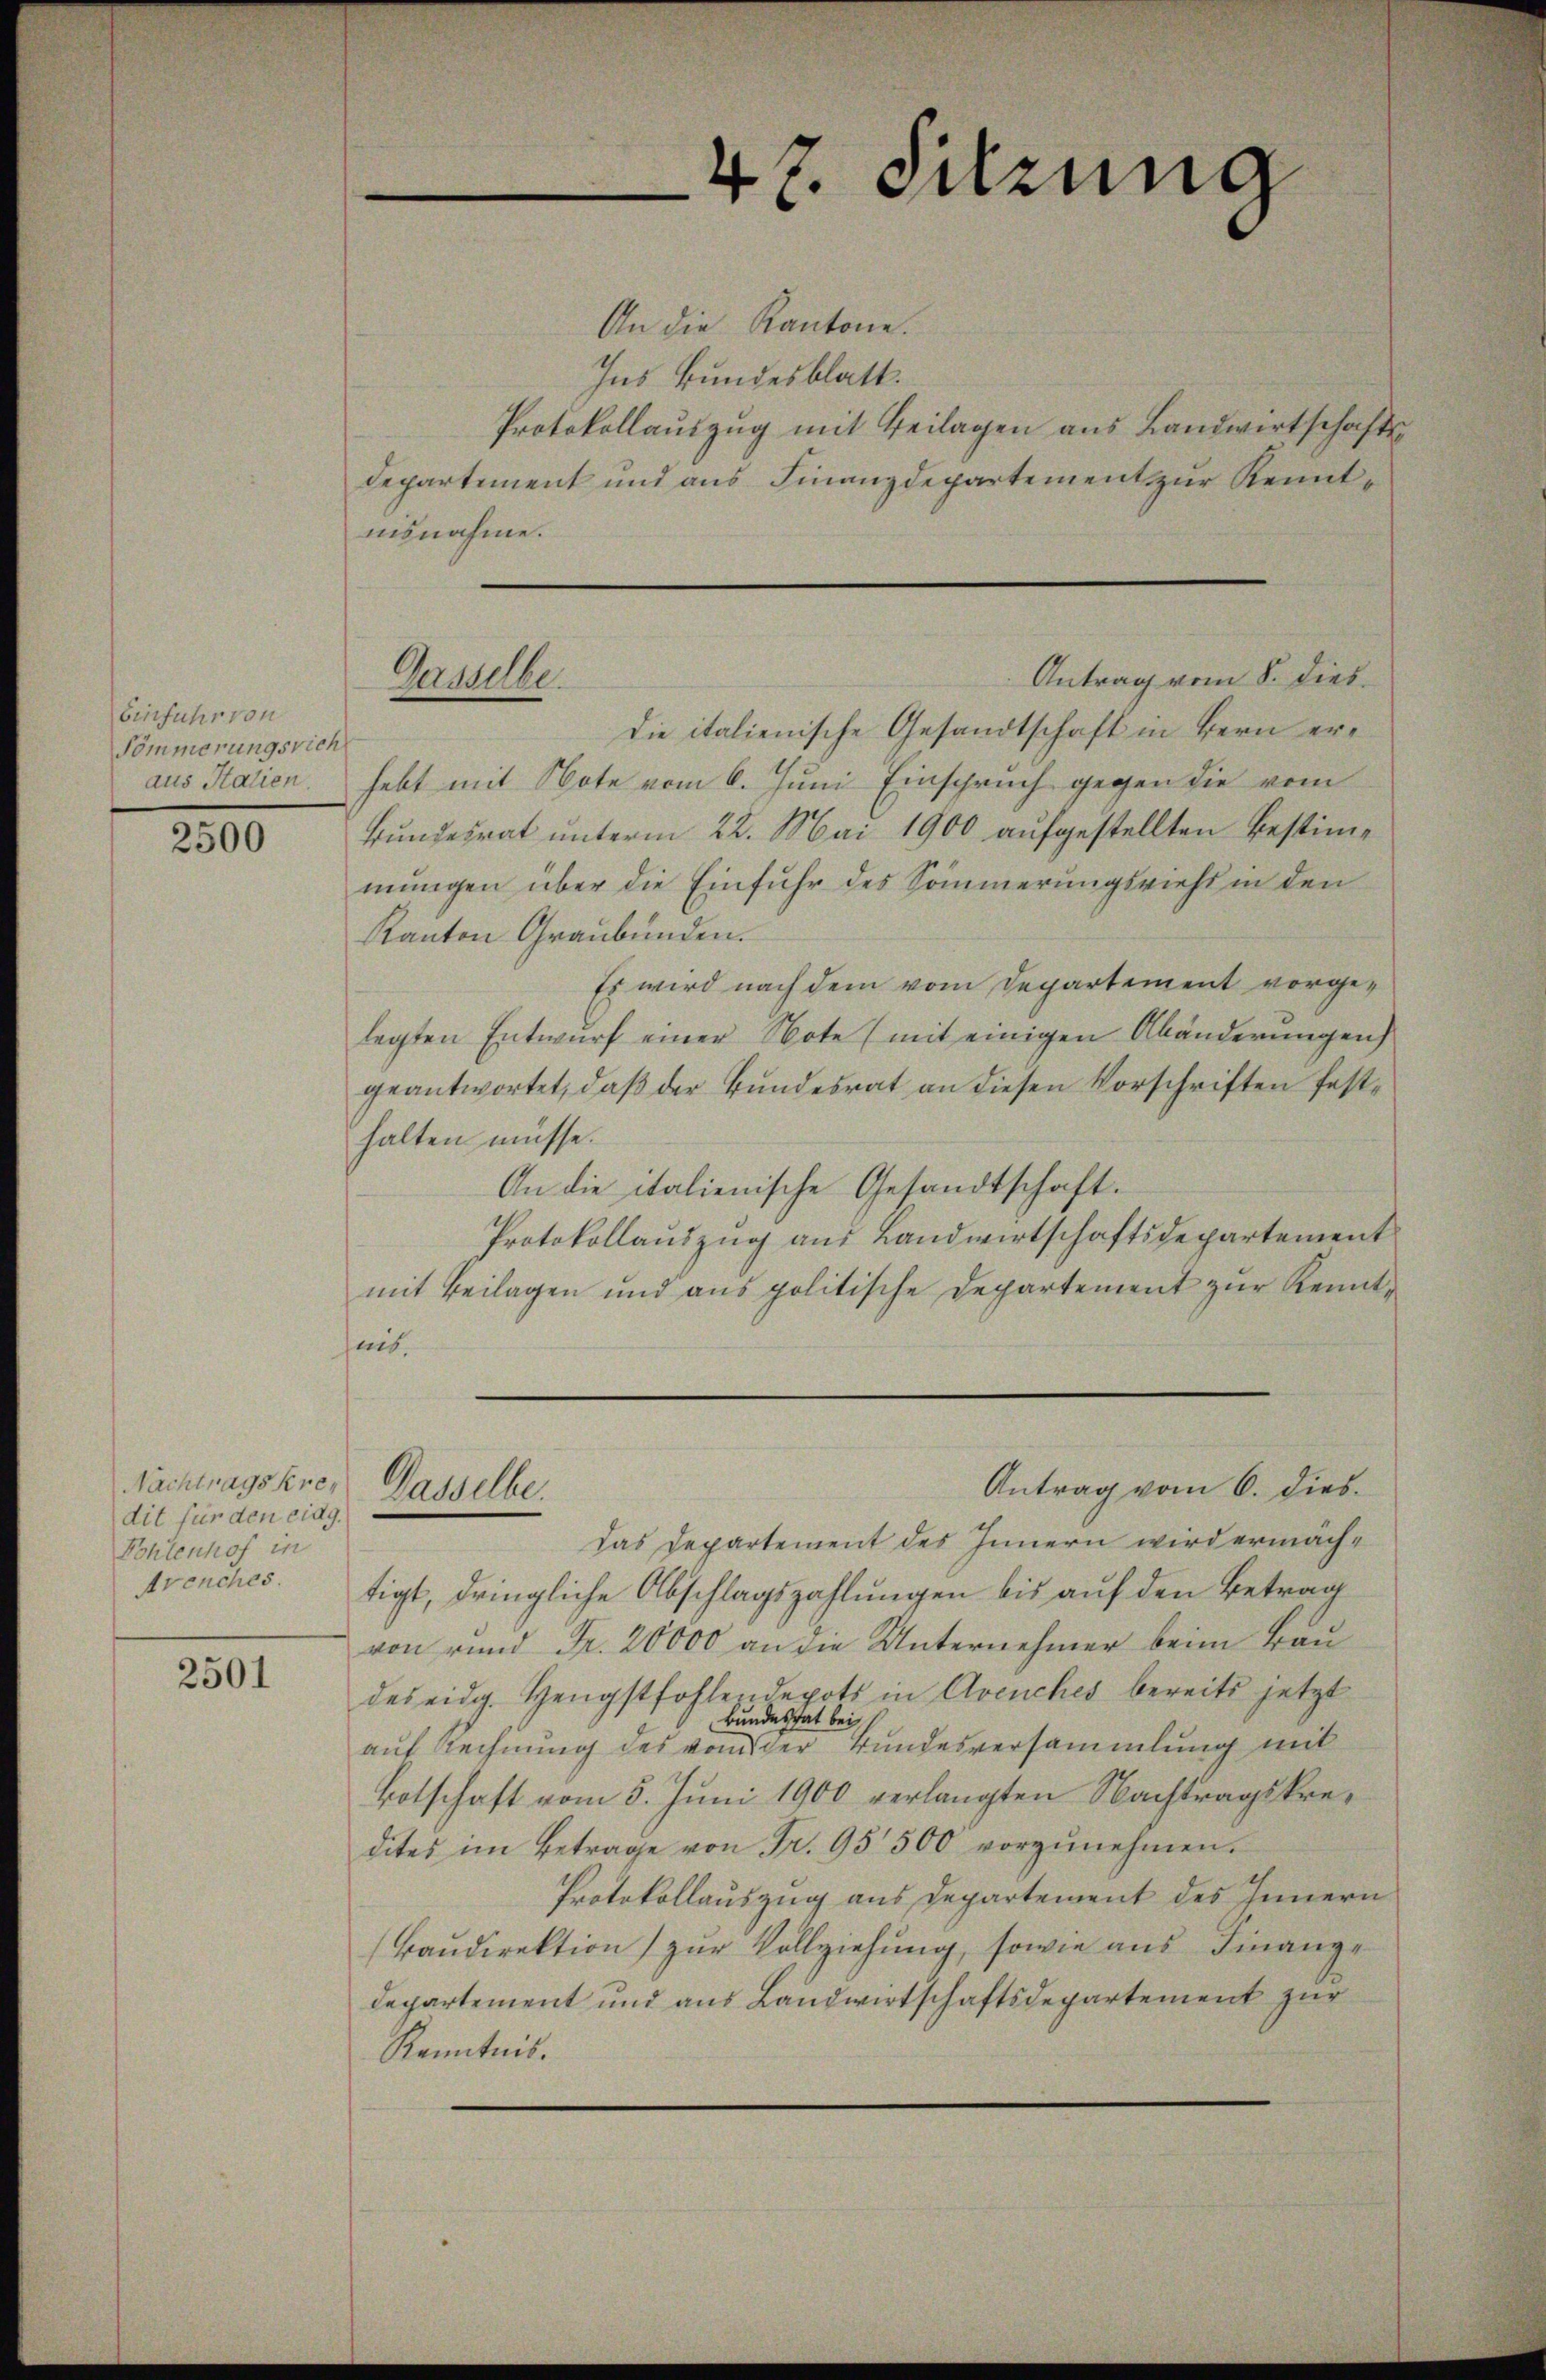
Einfuhr von
Pömmerungsrich
aus Stalien.

2500

Nachtrags Kredit für den eidg.
Pohlenhof in
Avenches.

2501

47. Setzung

Antrag vom 8. dies
Gemuthe

An die Kantone.
Ins Bundesblatt.
Protokollauszug mit Beilagen aus Landwirtschaftsdepartement und aus Finanzdepartement zur Kenntnisnahme.
Die italienische Gesandtschaft in Bern erhebt mit Note vom 6. Juni Einspruch gegen die vom
Bundesrat unterm 22. Mai 1900 aufgestellten Bestimmungen über die Einfuhr des Sommerungsricht in den
Kanton Graubünden.
Es wird nach dem vom Departement vorgelegten Entwurf einer Note (mit einigen Abänderungen
geantwortet, daß der Bundesrat an diesen Vorschriften festhalten müsse.
An die italienische Gesandtschaft.
Protokollauszug aus Landwirtschaftsdepartement
mit Beilagen und ans politische Departement zŭr Kennteib.
Antrag vom 6. dies
Gasselbe.
das Departement des Innern wird ermächtigt, dringliche Abschlagszahlungen bis auf den Betrag
von rund Fr. 20000 an die Unternehmer beim Bau
des eidg. Hengstfohlendepots in Avenches bereits jetzt
Bundesrat bei
auf Rechnung des von der Bundesversammlung mit
Botschaft vom 5. Juni 1900 verlangten Nachtragskredites im Betrage von Fr. 95500 vorzŭnehmen.
Protokollauszug aus Departement des Innern
Baudirektion zur Vollziehung, sowie aus Finanze
departement und aus Landwirtschaftsdepartement zur
Kenntnis.